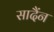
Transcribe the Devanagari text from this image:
सादैंन